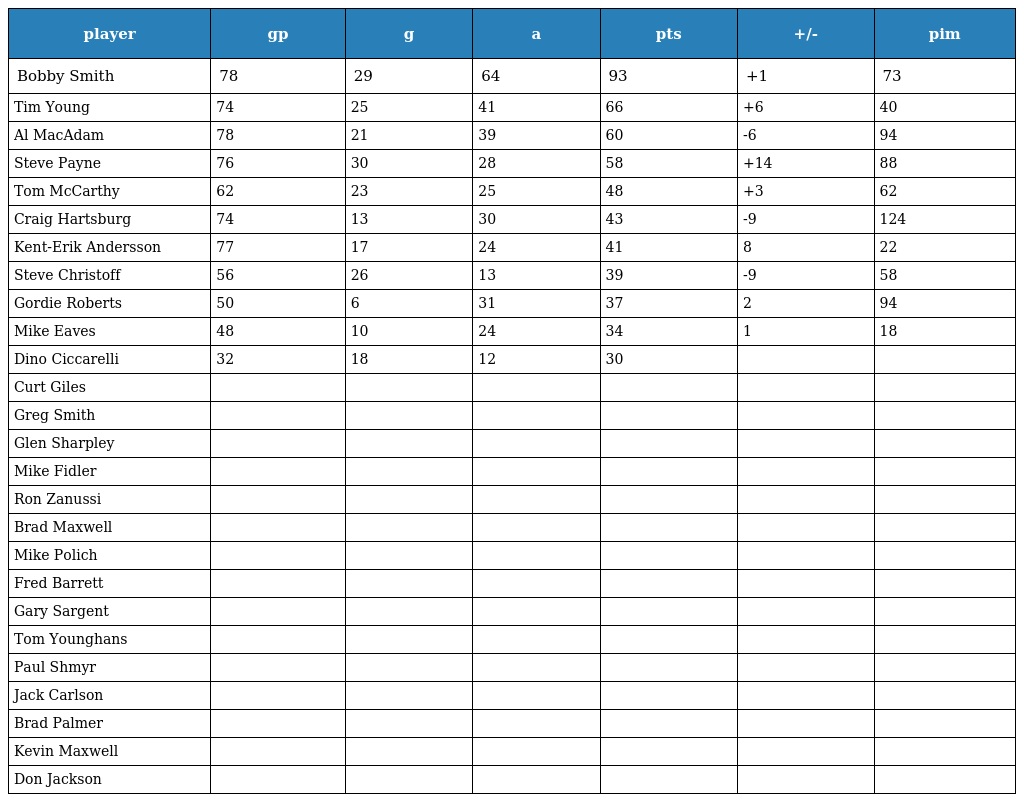
| player | gp | g | a | pts | +/- | pim |
 | --- | --- | --- | --- | --- | --- | --- |
 | Bobby Smith | 78 | 29 | 64 | 93 | +1 | 73 |
 | Tim Young | 74 | 25 | 41 | 66 | +6 | 40 |
 | Al MacAdam | 78 | 21 | 39 | 60 | -6 | 94 |
 | Steve Payne | 76 | 30 | 28 | 58 | +14 | 88 |
 | Tom McCarthy | 62 | 23 | 25 | 48 | +3 | 62 |
 | Craig Hartsburg | 74 | 13 | 30 | 43 | -9 | 124 |
 | Kent-Erik Andersson | 77 | 17 | 24 | 41 | 8 | 22 |
 | Steve Christoff | 56 | 26 | 13 | 39 | -9 | 58 |
 | Gordie Roberts | 50 | 6 | 31 | 37 | 2 | 94 |
 | Mike Eaves | 48 | 10 | 24 | 34 | 1 | 18 |
 | Dino Ciccarelli | 32 | 18 | 12 | 30 |  |  |
 | Curt Giles |  |  |  |  |  |  |
 | Greg Smith |  |  |  |  |  |  |
 | Glen Sharpley |  |  |  |  |  |  |
 | Mike Fidler |  |  |  |  |  |  |
 | Ron Zanussi |  |  |  |  |  |  |
 | Brad Maxwell |  |  |  |  |  |  |
 | Mike Polich |  |  |  |  |  |  |
 | Fred Barrett |  |  |  |  |  |  |
 | Gary Sargent |  |  |  |  |  |  |
 | Tom Younghans |  |  |  |  |  |  |
 | Paul Shmyr |  |  |  |  |  |  |
 | Jack Carlson |  |  |  |  |  |  |
 | Brad Palmer |  |  |  |  |  |  |
 | Kevin Maxwell |  |  |  |  |  |  |
 | Don Jackson |  |  |  |  |  |  |